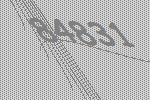
84831